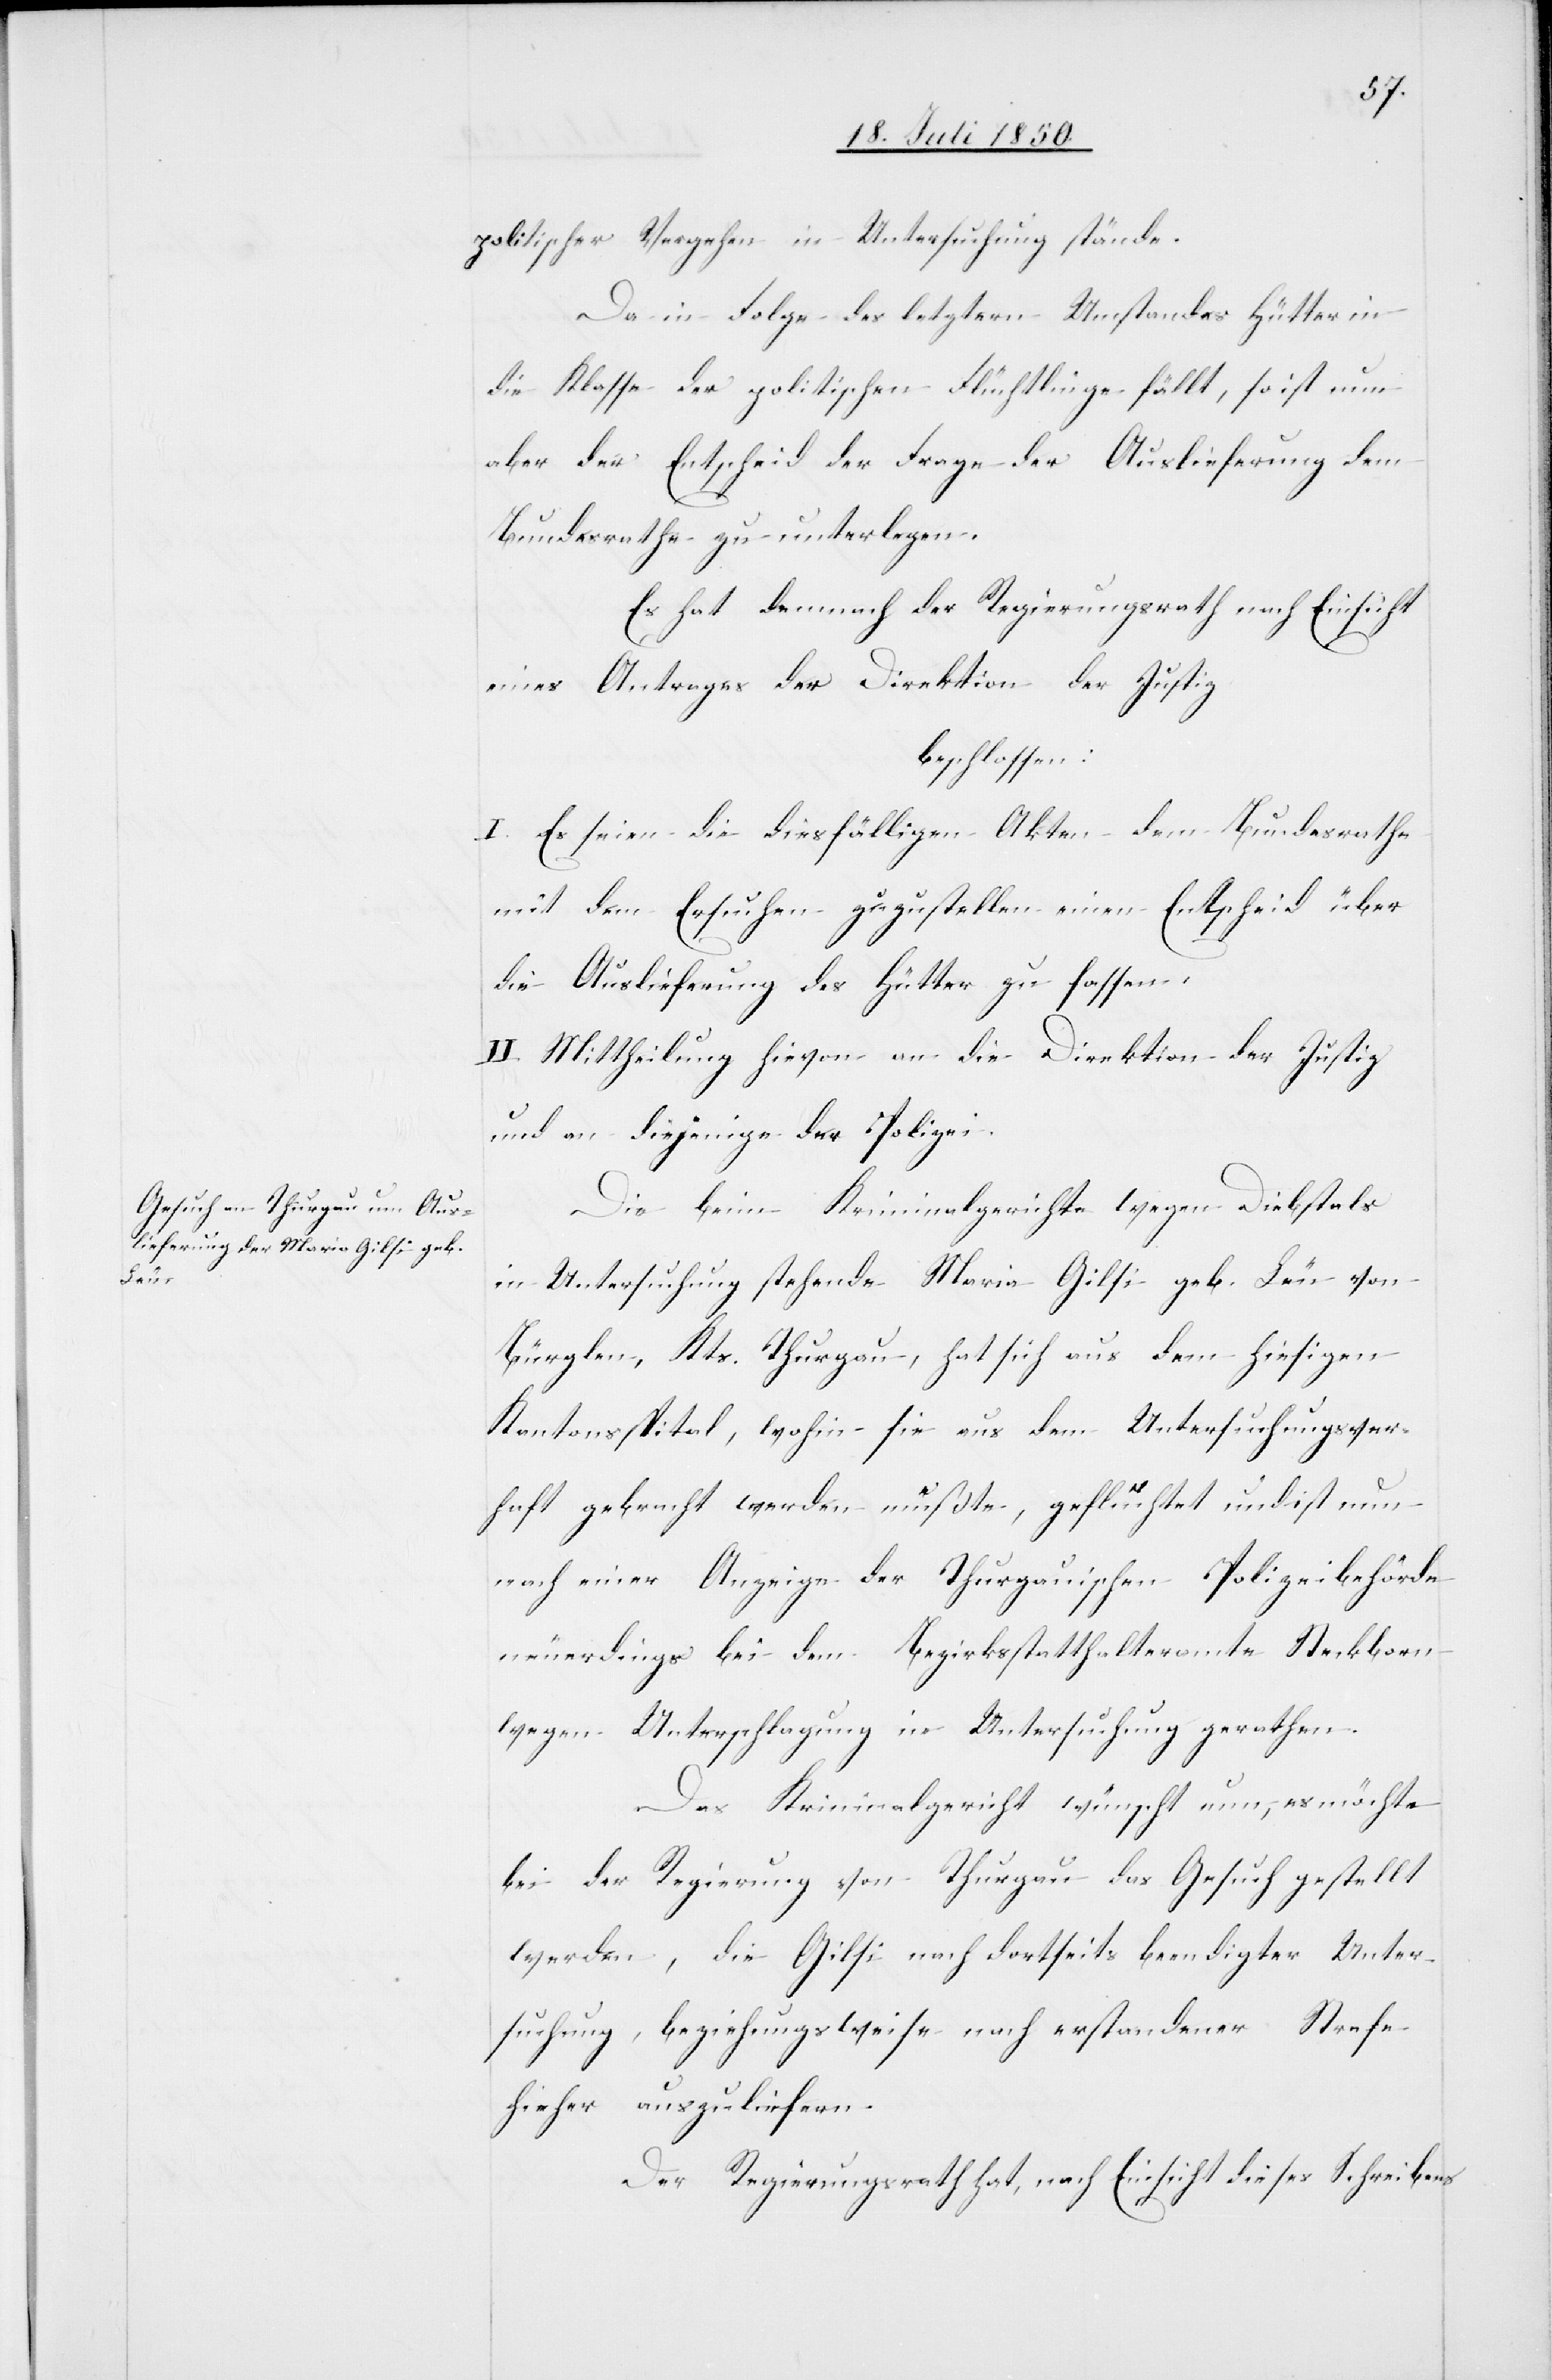
politischer Vergehen in Untersuchung stände.
Da in Folge des letztern Umstandes Hütter in
die Klasse der politischen Flüchtlinge fällt, so ist nun
aber der Entscheid der Frage der Auslieferung dem
Bundesrathe zu unterlegen.
Es hat demnach der Regierungsrath nach Einsicht
eines Antrages der Direktion der Justiz
beschlossen:
I. Es seien die diesfälligen Akten dem Bundesrathe
mit dem Ersuchen zuzustellen einen Entscheid über
die Auslieferung des Hütter zu fassen.
II. Mittheilung hievon an die Direktion der Justiz
und an diejenige der Polizei.
Die bei Kriminalgerichte wegen Diebstals
in Untersuchung stehende Maria Gilsi geb. Leu von
Bürglen, Kts. Thurgau, hat sich aus dem hiesigen
Kantonsspital, wohin sie aus dem Untersuchungsver¬
haft gebracht werden mußte, geflüchtet und ist nun
nach einer Anzeige der Thurgauischen Polizeibehörde
neuerdings bei dem Bezirksstatthalteramte Steckborn
wegen Unterschlagung in Untersuchung gerathen.
Das Kriminalgericht wünscht nun, es möchte
bei der Regierung von Thurgau das Gesuch gestellt
werden, die Gilsi nach dortseits beendigter Unter¬
suchung, beziehungsweise nach erstandener Strafe
hieher auszuliefern.
Der Regierungsrath hat, nach Einsicht dieses Schreibens